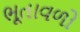
ભૂતાવળો